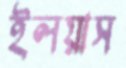
ইলয়াস